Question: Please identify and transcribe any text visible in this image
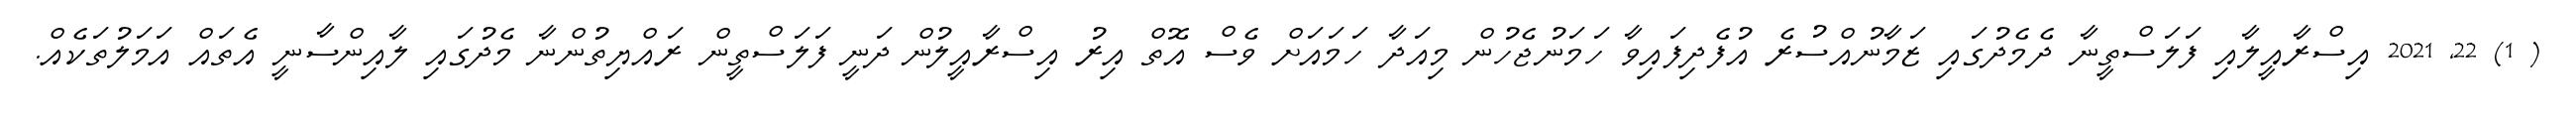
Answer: ( 1) 22, 2021 އިސްރާއީލާއި ފަލަސްތީނާ ދެމެދުގައި ޒަމާނުއްސުރެ އުފެދިފައިވާ ހަމަނުޖެހުން މިއަދާ ހަމައަށް ވެސް އޮތް އިރު އިސްރާއީލުން ދަނީ ފަލަސްތީން ރައްޔިތުންނާ މެދުގައި ލާއިންސާނީ އެތައް އަމަލުތަކެއް.